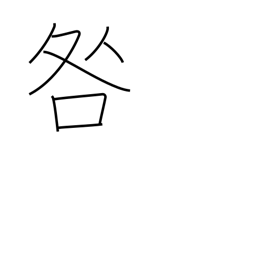
Meaning: reprimand